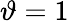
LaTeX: \vartheta=1